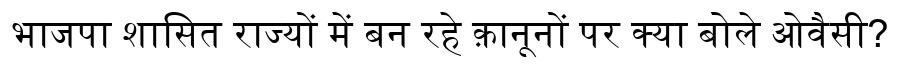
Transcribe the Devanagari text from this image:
भाजपा शासित राज्यों में बन रहे क़ानूनों पर क्या बोले ओवैसी?